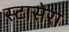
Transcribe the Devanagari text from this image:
स्टासेरा